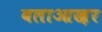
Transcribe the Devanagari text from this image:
बलाआख़र